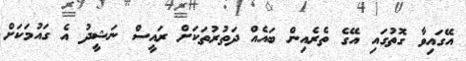
އޭގައިވާ ގޮތުގައި އޭގެ ތެރެއިން ބައެއް ދަތުރުތަކަށް ރައީސް ނަޝީދު އެ ގައުމަކަށް